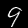
Digit: 9